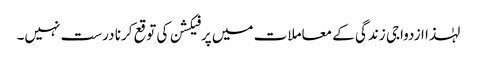
لہٰذا ازدواجی زندگی کے معاملات میں پرفیکشن کی توقع کرنا درست نہیں۔